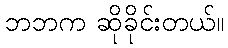
ဘဘက ဆိုခိုင်းတယ်။